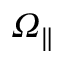
\itOmega _ { \| }